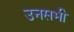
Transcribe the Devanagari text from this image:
उनसभी